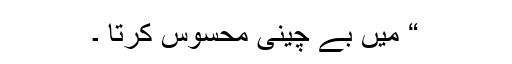
“ میں بے چینی محسوس کرتا ۔